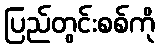
ပြည်တွင်းစစ်ကို